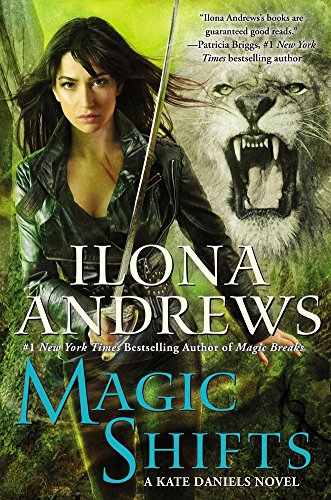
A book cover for Magic Shifts: A Kate Daniels Novel; Ilona Andrews; Science Fiction & Fantasy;